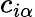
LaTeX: c_{i\alpha}